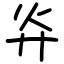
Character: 灷